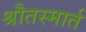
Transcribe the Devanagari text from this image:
श्रौतस्मार्त